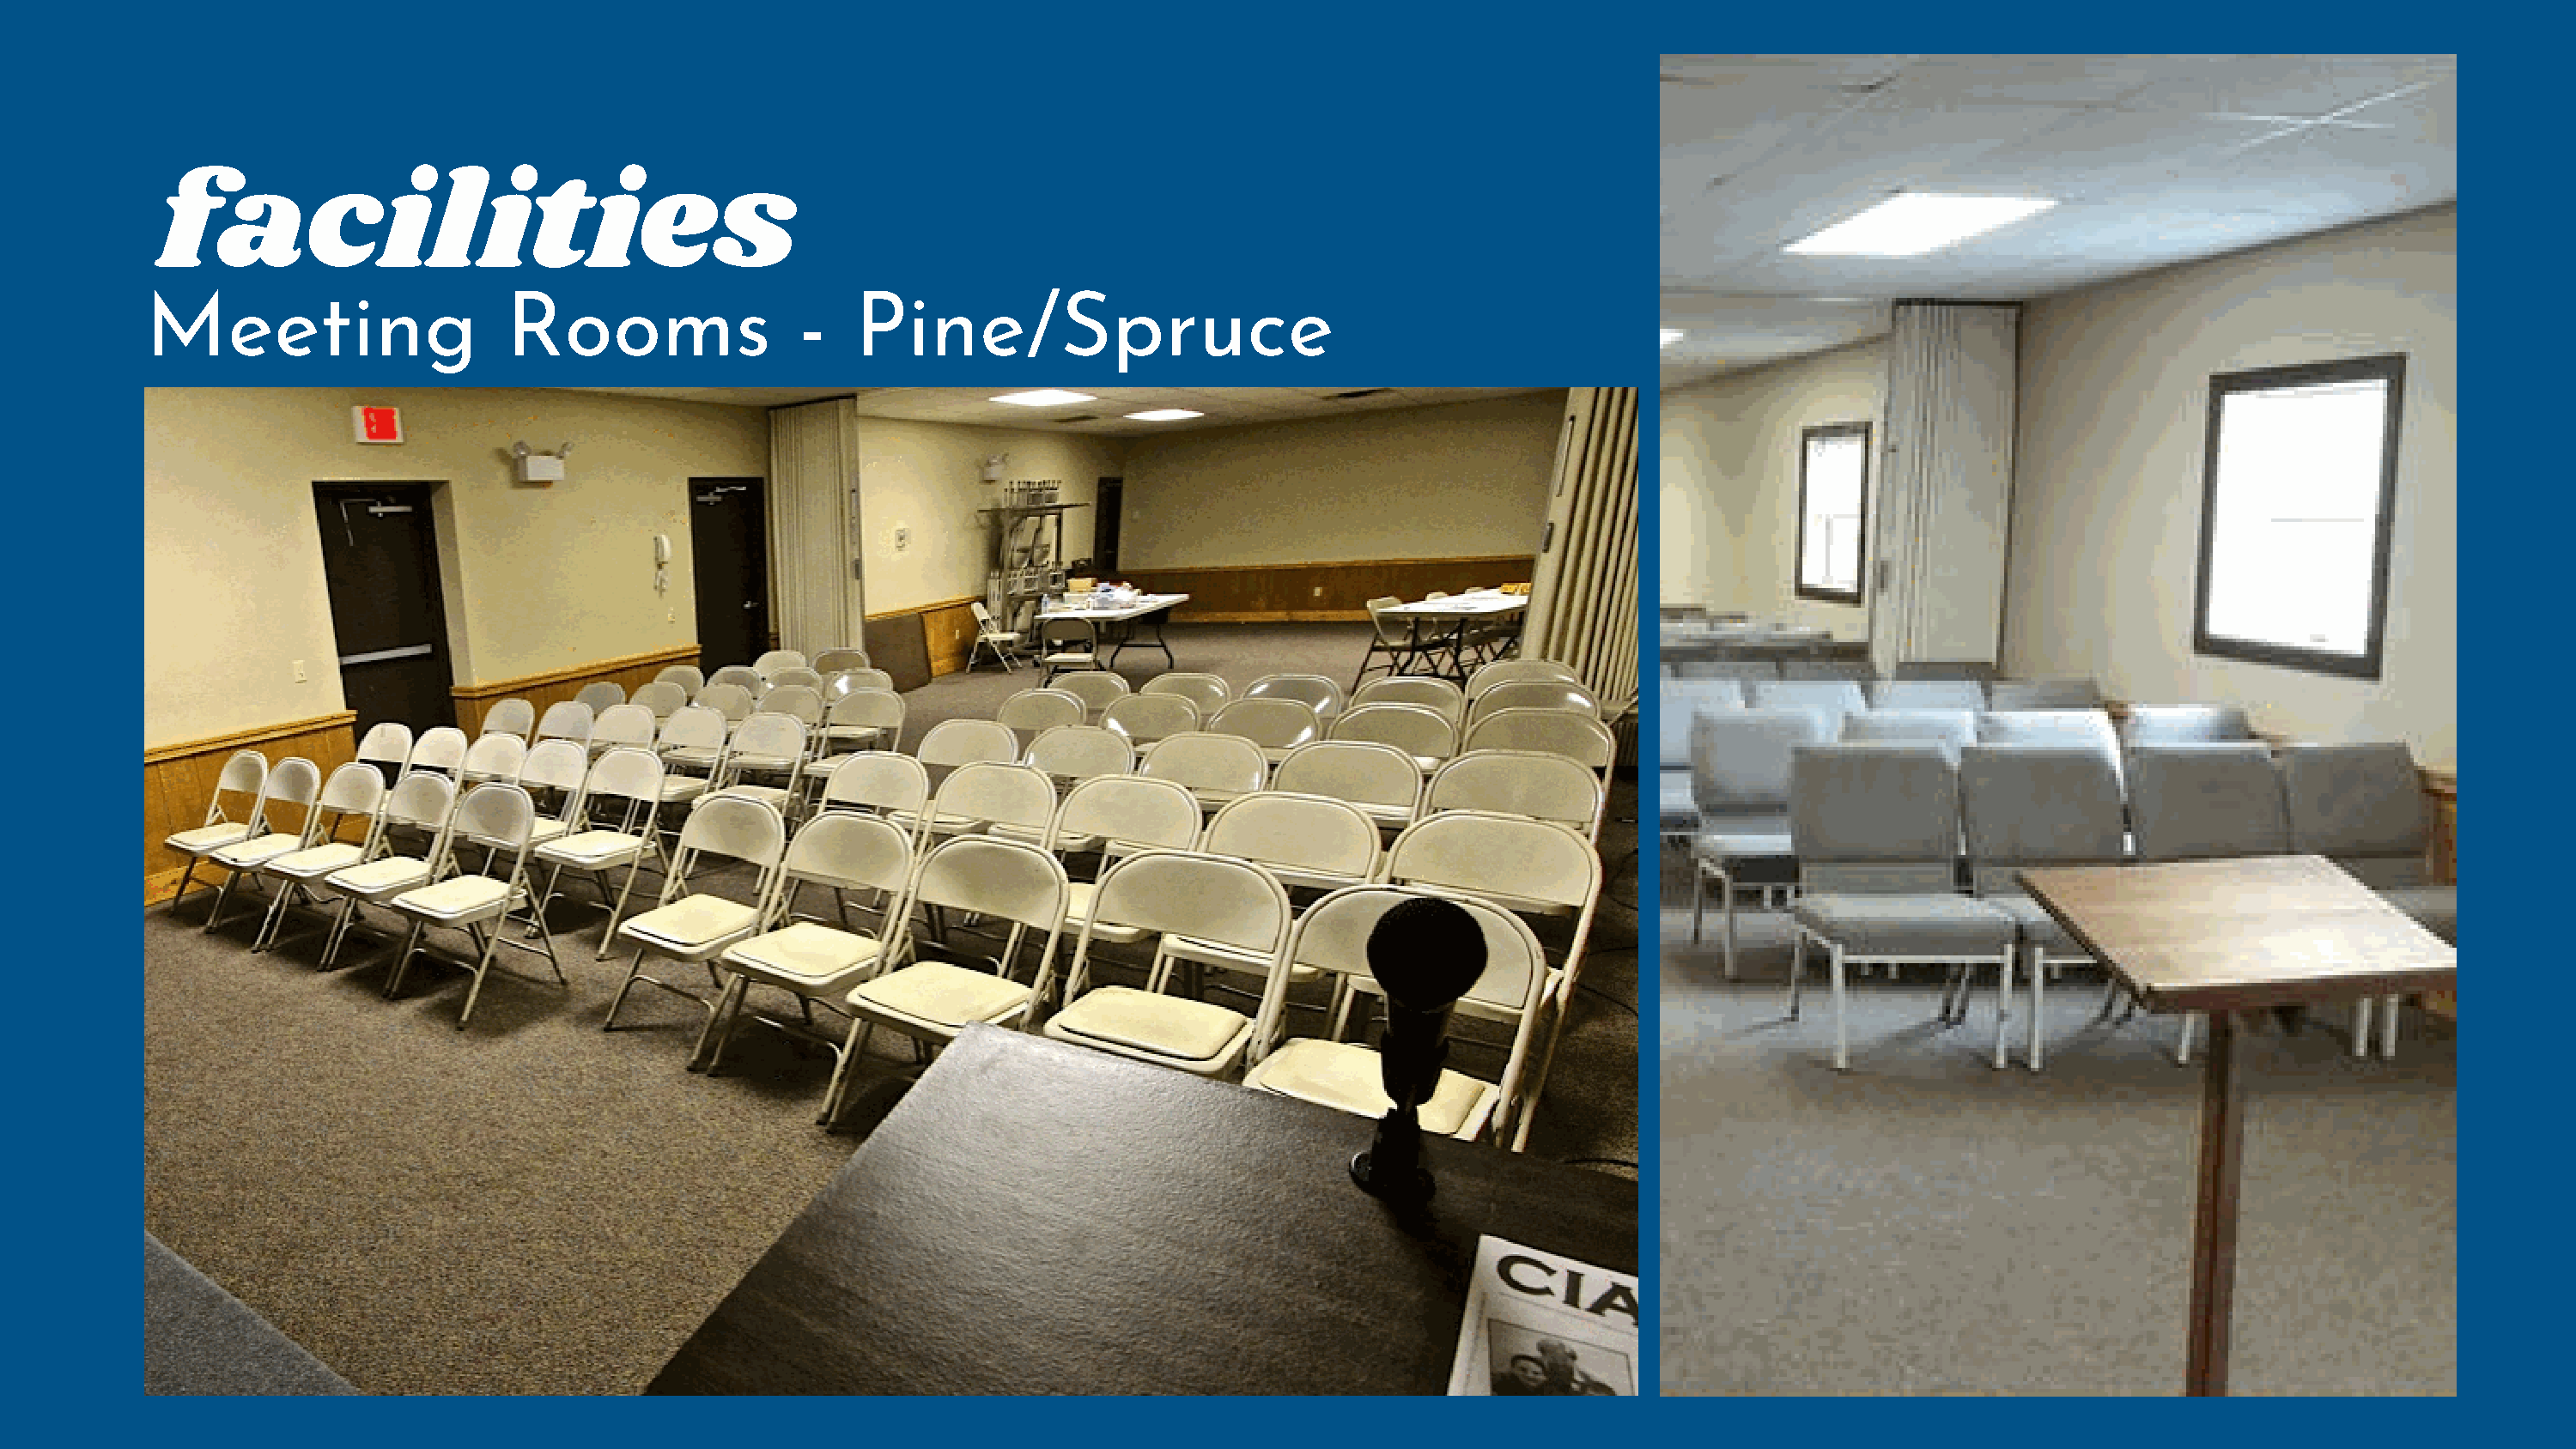
facilities
 Meeting                     Rooms                  -   Pine/Spruce